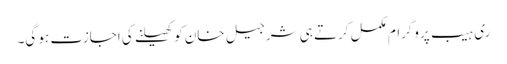
ری ہیب پروگرام مکمل کرتے ہی شرجیل خان کو کھیلنے کی اجازت ہو گی۔